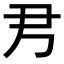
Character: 𡰧